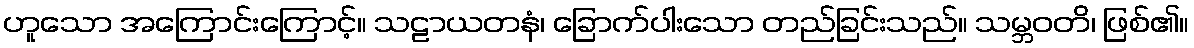
ဟူသော အကြောင်းကြောင့်။ သဠာယတနံ၊ ခြောက်ပါးသော တည်ခြင်းသည်။ သမ္ဘဝတိ၊ ဖြစ်၏။